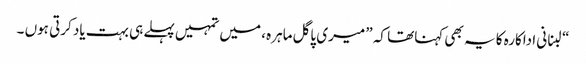
“لبنانی اداکارہ کا یہ بھی کہناتھا کہ ” میری پاگل ماہرہ ، میں تمہیں پہلے ہی بہت یاد کرتی ہوں ۔